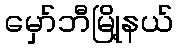
မှော်ဘီမြို့နယ်